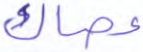
عصاك